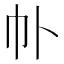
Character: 𫶽